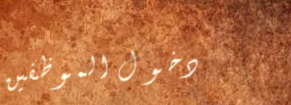
دخول الموظفين